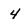
Character: 4